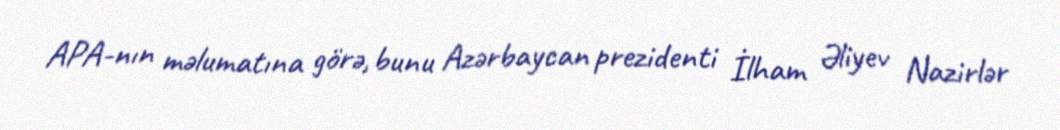
APA-nın məlumatına görə, bunu Azərbaycan prezidenti İlham Əliyev Nazirlər